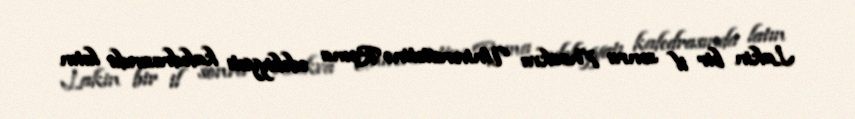
Lakin bir il sonra Moskva Universitetinə Roma ədəbiyyatı kafedrasında latın